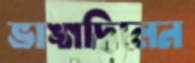
ভাঙ্গছিলেন